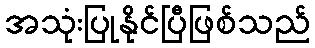
အသုံးပြုနိုင်ပြီဖြစ်သည်